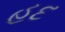
હદ